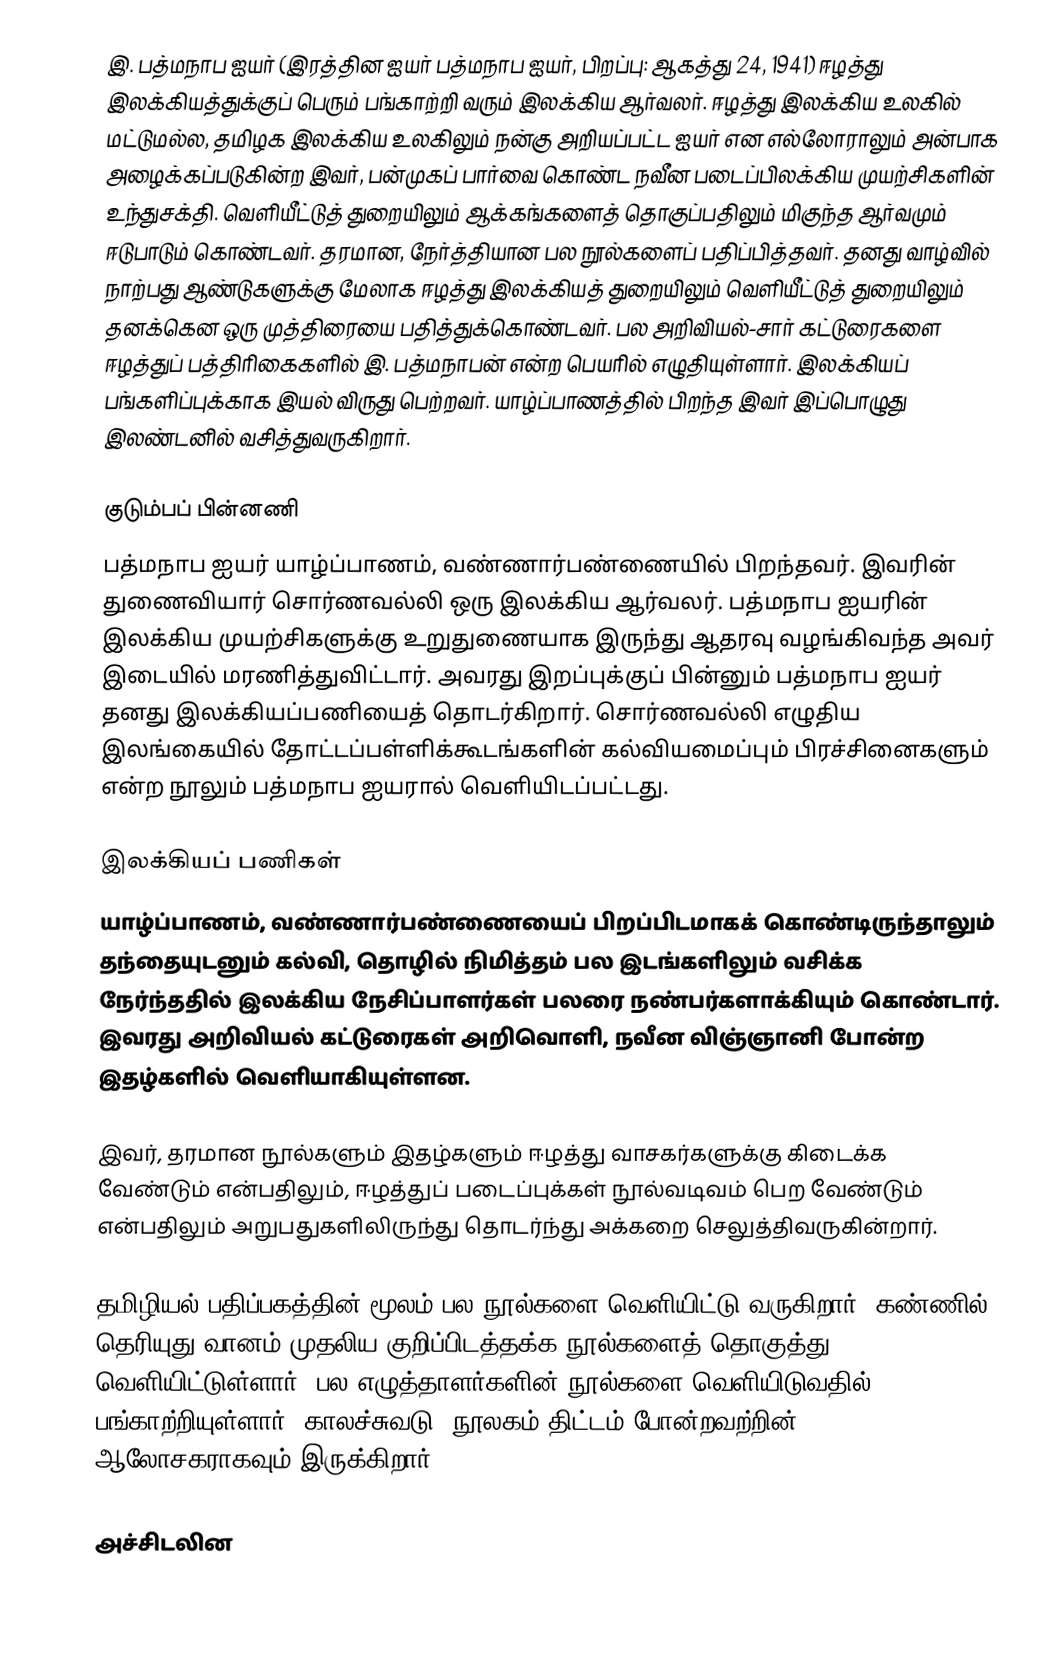
இ. பத்மநாப ஐயர் (இரத்தின ஐயர் பத்மநாப ஐயர், பிறப்பு: ஆகத்து 24, 1941) ஈழத்து இலக்கியத்துக்குப் பெரும் பங்காற்றி வரும் இலக்கிய ஆர்வலர்.  ஈழத்து இலக்கிய உலகில் மட்டுமல்ல, தமிழக இலக்கிய உலகிலும் நன்கு அறியப்பட்ட ஐயர் என எல்லோராலும் அன்பாக அழைக்கப்படுகின்ற இவர், பன்முகப் பார்வை கொண்ட நவீன படைப்பிலக்கிய முயற்சிகளின் உந்துசக்தி. வெளியீட்டுத் துறையிலும் ஆக்கங்களைத் தொகுப்பதிலும் மிகுந்த ஆர்வமும் ஈடுபாடும் கொண்டவர். தரமான, நேர்த்தியான பல நூல்களைப் பதிப்பித்தவர். தனது வாழ்வில் நாற்பது ஆண்டுகளுக்கு மேலாக ஈழத்து இலக்கியத் துறையிலும் வெளியீட்டுத் துறையிலும் தனக்கென ஒரு முத்திரையை பதித்துக்கொண்டவர். பல அறிவியல்-சார் கட்டுரைகளை ஈழத்துப் பத்திரிகைகளில் இ. பத்மநாபன் என்ற பெயரில் எழுதியுள்ளார். இலக்கியப் பங்களிப்புக்காக இயல் விருது பெற்றவர். யாழ்ப்பாணத்தில் பிறந்த இவர் இப்பொழுது இலண்டனில் வசித்துவருகிறார்.

குடும்பப் பின்னணி
பத்மநாப ஐயர் யாழ்ப்பாணம், வண்ணார்பண்ணையில் பிறந்தவர். இவரின் துணைவியார் சொர்ணவல்லி ஒரு இலக்கிய ஆர்வலர். பத்மநாப ஐயரின் இலக்கிய முயற்சிகளுக்கு உறுதுணையாக இருந்து ஆதரவு வழங்கிவந்த அவர் இடையில் மரணித்துவிட்டார். அவரது இறப்புக்குப் பின்னும் பத்மநாப ஐயர் தனது இலக்கியப்பணியைத் தொடர்கிறார். சொர்ணவல்லி எழுதிய இலங்கையில் தோட்டப்பள்ளிக்கூடங்களின் கல்வியமைப்பும் பிரச்சினைகளும் என்ற நூலும் பத்மநாப ஐயரால் வெளியிடப்பட்டது.

இலக்கியப் பணிகள்
யாழ்ப்பாணம், வண்ணார்பண்ணையைப் பிறப்பிடமாகக் கொண்டிருந்தாலும் தந்தையுடனும் கல்வி, தொழில் நிமித்தம் பல இடங்களிலும் வசிக்க நேர்ந்ததில் இலக்கிய நேசிப்பாளர்கள் பலரை நண்பர்களாக்கியும் கொண்டார். இவரது அறிவியல் கட்டுரைகள் அறிவொளி, நவீன விஞ்ஞானி போன்ற இதழ்களில் வெளியாகியுள்ளன.

இவர், தரமான நூல்களும் இதழ்களும் ஈழத்து வாசகர்களுக்கு கிடைக்க வேண்டும் என்பதிலும், ஈழத்துப் படைப்புக்கள் நூல்வடிவம் பெற வேண்டும் என்பதிலும் அறுபதுகளிலிருந்து தொடர்ந்து அக்கறை செலுத்திவருகின்றார்.

தமிழியல் பதிப்பகத்தின் மூலம் பல நூல்களை வெளியிட்டு வருகிறார். கண்ணில் தெரியுது வானம் முதலிய குறிப்பிடத்தக்க நூல்களைத் தொகுத்து வெளியிட்டுள்ளார். பல எழுத்தாளர்களின் நூல்களை வெளியிடுவதில் பங்காற்றியுள்ளார்.  காலச்சுவடு, நூலகம் திட்டம் போன்றவற்றின் ஆலோசகராகவும் இருக்கிறார்.

அச்சிடலின